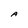
Character: A